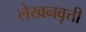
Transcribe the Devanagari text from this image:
लेखनवृत्ती